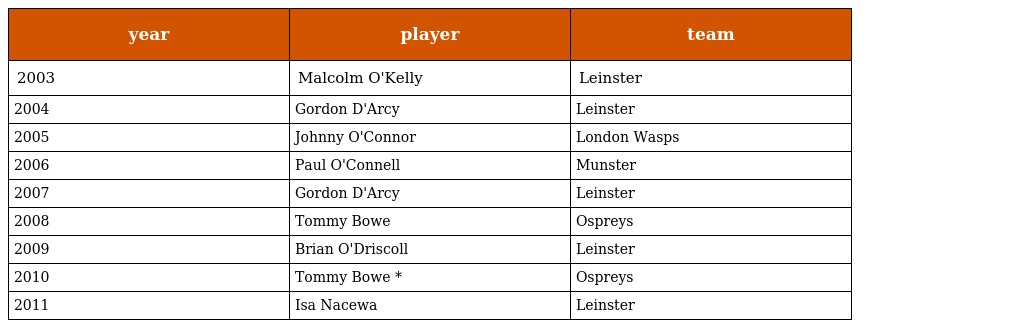
| year | player | team |
 | --- | --- | --- |
 | 2003 | Malcolm O'Kelly | Leinster |
 | 2004 | Gordon D'Arcy | Leinster |
 | 2005 | Johnny O'Connor | London Wasps |
 | 2006 | Paul O'Connell | Munster |
 | 2007 | Gordon D'Arcy | Leinster |
 | 2008 | Tommy Bowe | Ospreys |
 | 2009 | Brian O'Driscoll | Leinster |
 | 2010 | Tommy Bowe * | Ospreys |
 | 2011 | Isa Nacewa | Leinster |